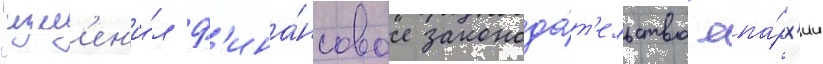
"изм'ен'и́л ф'ина́нсовое законода́т'ельство епа́рх'ии